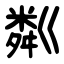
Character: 粼